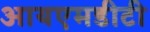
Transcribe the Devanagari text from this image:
आयएमडीटी